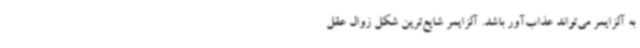
به آلزایمر می‌تواند عذاب‌آور باشد. آلزایمر شایع‌ترین شکل زوال عقل